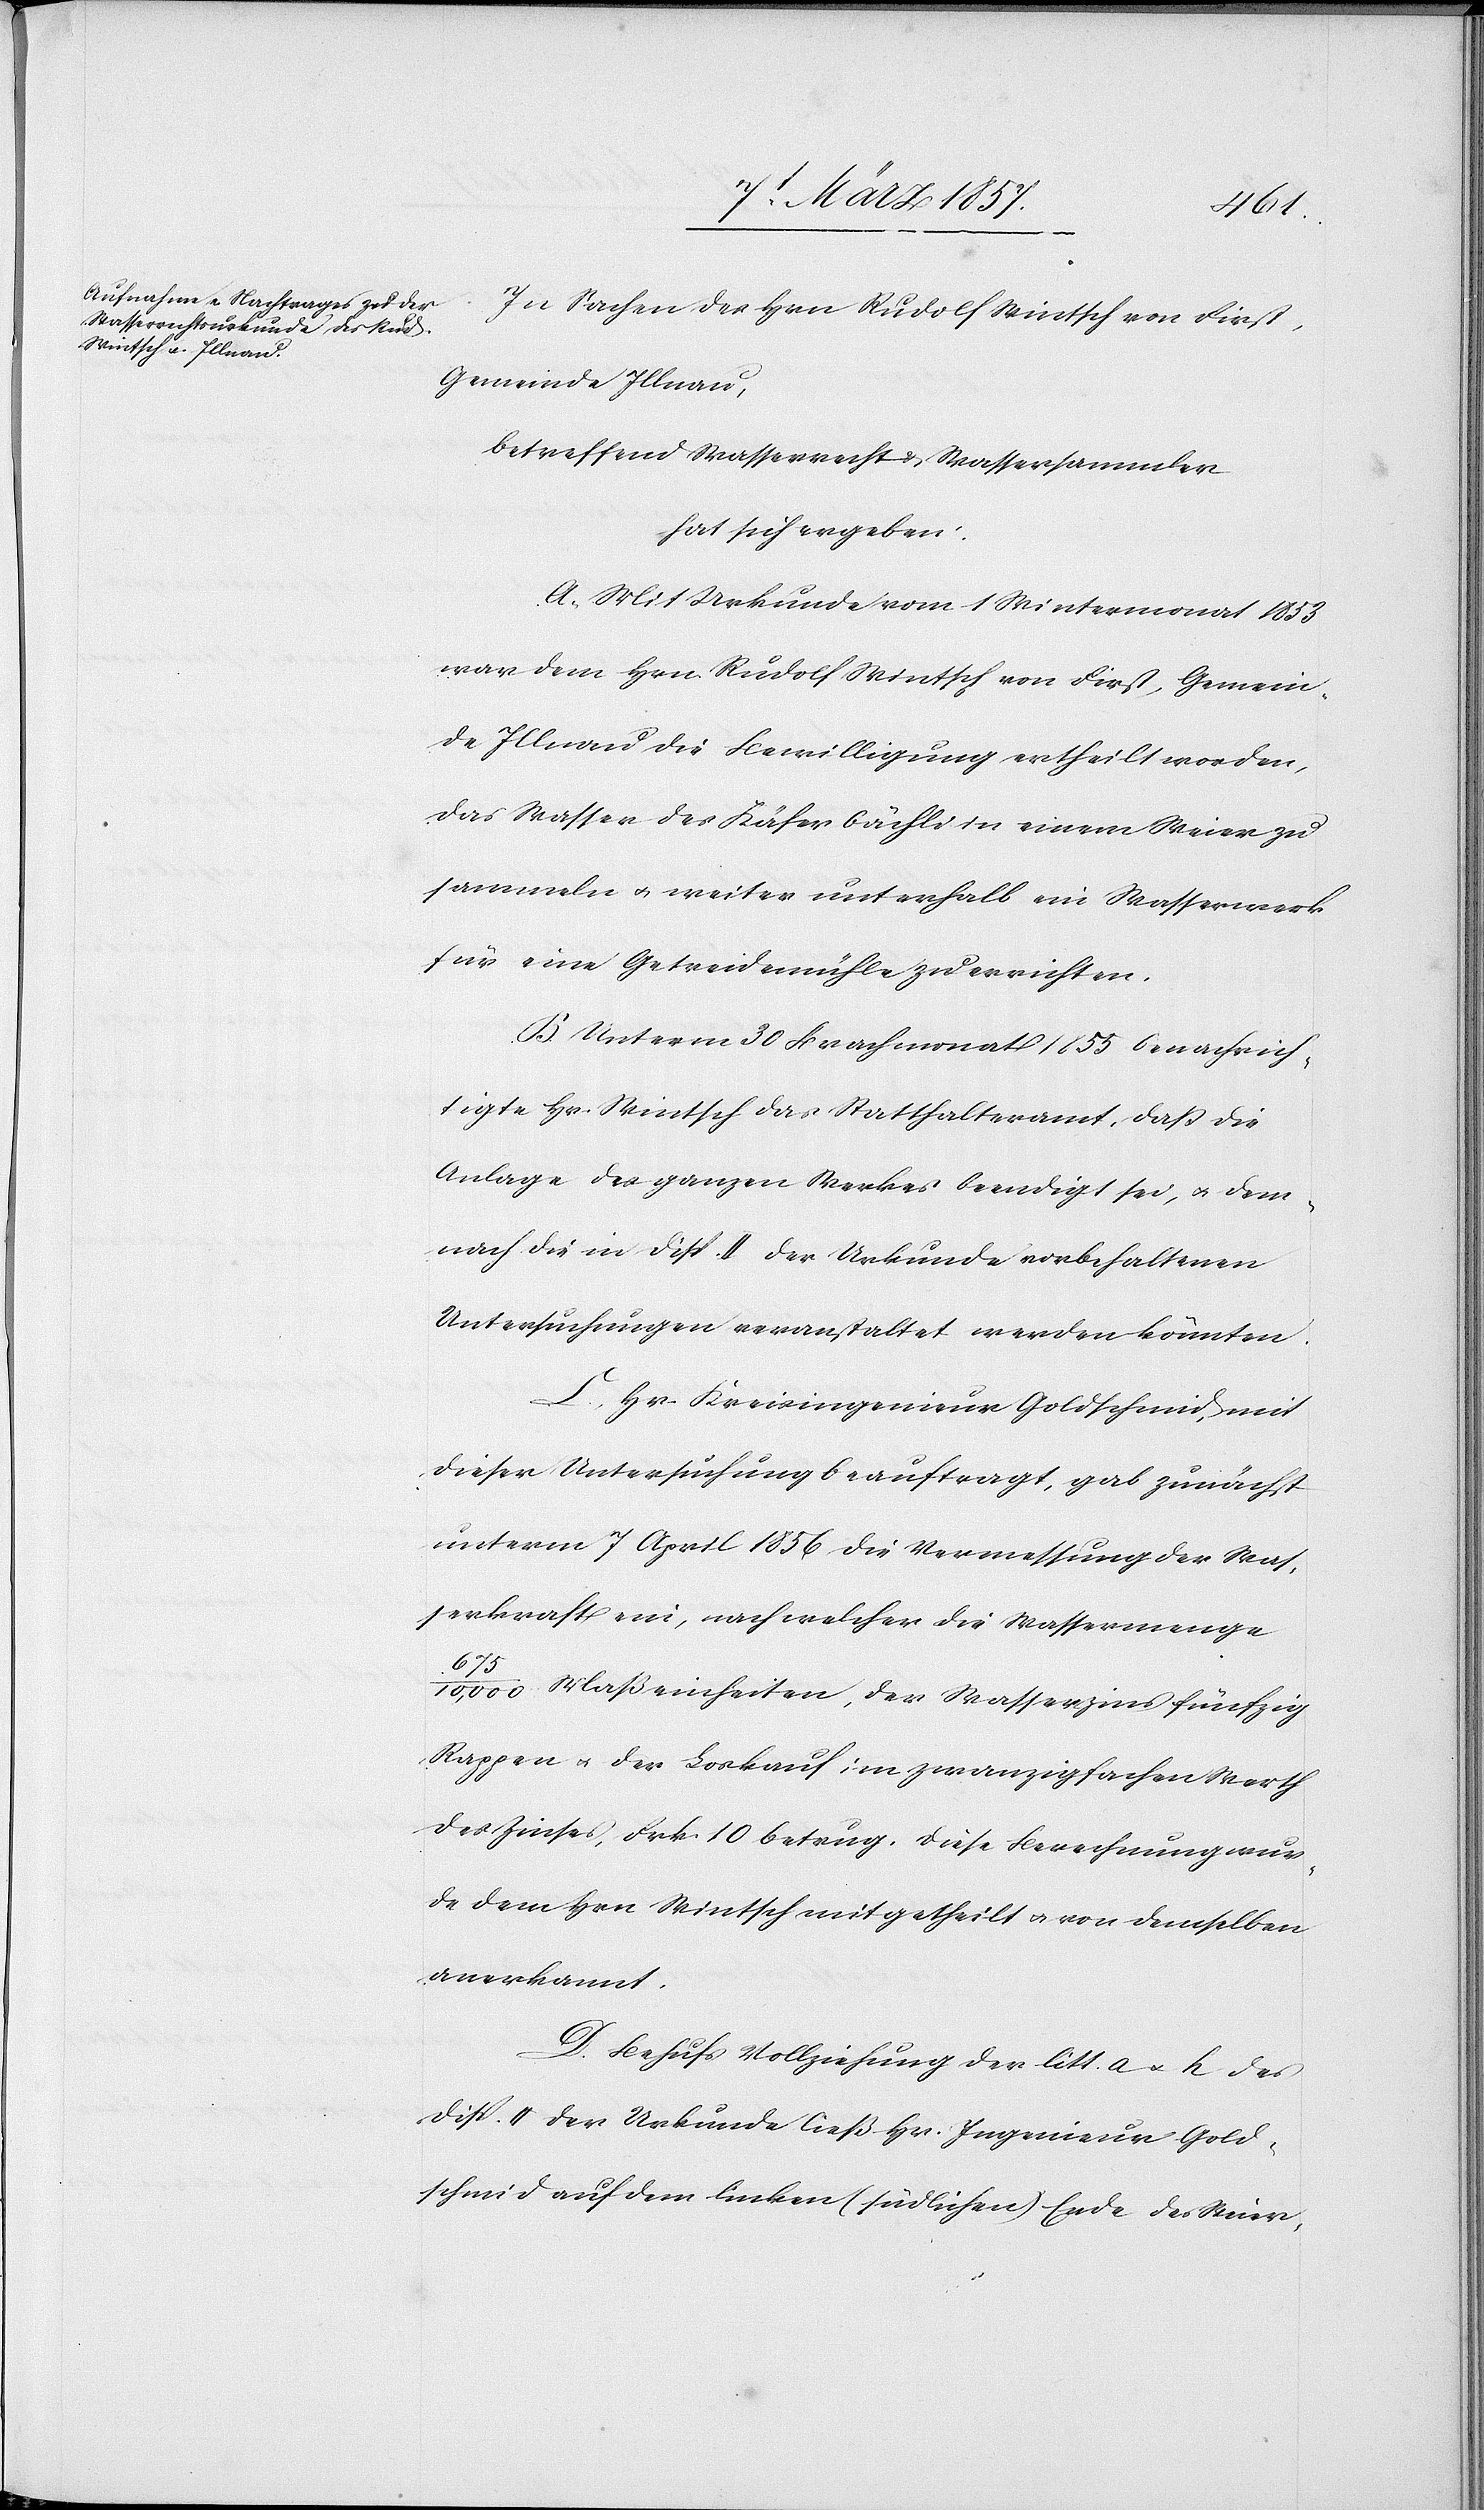
In Sachen des Hrn Rudolf Wintsch von First,
Gemeinde Illnau,
betreffend Wasserrecht u. Wassersammler
hat sich ergeben:
A. Mit Urkunde vom 1 Wintermonat 1853
war dem Hrn. Rudolf Wintsch von First, Gemein¬
de Illnau die Bewilligung ertheilt worden,
das Wasser des Käferbächli in einem Weiher zu
sammeln u. weiter unterhalb im Wasserwerk
für eine Getreidemühle zu errichten.
B. Unterm 30 Brachmonat 1855 benachrich¬
tigte Hr. Wintsch das Statthalteramt, daß die
Anlage des ganzen Werkes beendigt sei, u. dem¬
nach die in Disp. II der Urkunde vorbehaltenen
Untersuchungen veranstaltet werden könnten.
C. Hr. Kreisingenieur Goldschmid, mit
dieser Untersuchung beauftragt, gab zunächst
unterm 7 April 1856 die Vermessung der Was¬
serkraft ein, nach welcher die Wassermenge
675/10,000 Maßeinheiten, der Wasserzins fünfzig
Rappen u. der Loskauf im zwanzigfachen Werth
des Zinses, Frk. 10 betrug. Diese Berechnung wur¬
de dem Hrn Wintsch mitgetheilt u. von demselben
anerkannt.
D. Behufs Vollziehung der litt. a u. h des
Disp. II der Urkunde ließ Hr. Ingenieur Gold¬
schmid auf dem linken (südlichen) Ende des Weier-